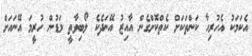
އެކަމަކު އެހުރިހާ ކަންތަކަށް ކެތްކޮށްގެން އާއިޒު އޭނަދެކެ ލޯބިވާތީ މަޑުން ހުރީމަ އޭނައަށް